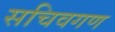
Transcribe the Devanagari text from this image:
सचिवगण